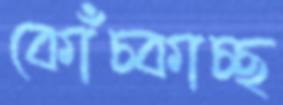
কোঁচ্‌কাচ্ছ